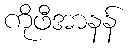
ကိုဖီအာနန်